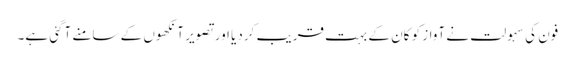
فون کی سہولت نے آواز کو کان کے بہت قریب کردیا اور تصویر آنکھوں کے سامنے آگئی ہے۔